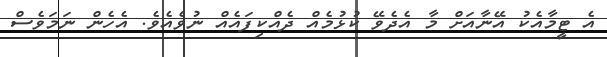
އެ ޓީމާއެކު އޭނާއަށް މާ އެދެވޭ ކުޅުމެއް ދެއްކިފައެއް ނުވެއެވެ. އެހެން ނަމަވެސް